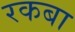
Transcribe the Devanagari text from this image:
रकबा